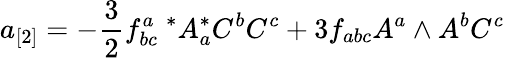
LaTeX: a_{[2]}=-{\frac{3}{2}}f_{bc}^{a}\ ^{*}A_{a}^{*}C^{b}C^{c}+3f_{abc}A^{a}\wedge A^{b}C^{c}